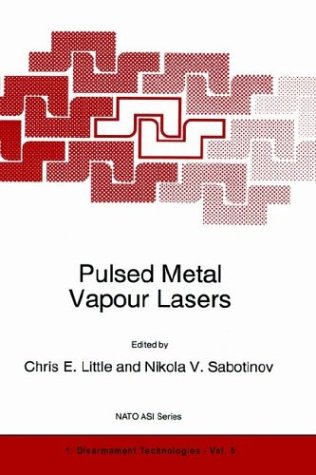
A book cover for Pulsed Metal Vapour Lasers (Nato Science Partnership Subseries: 1); Science & Math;